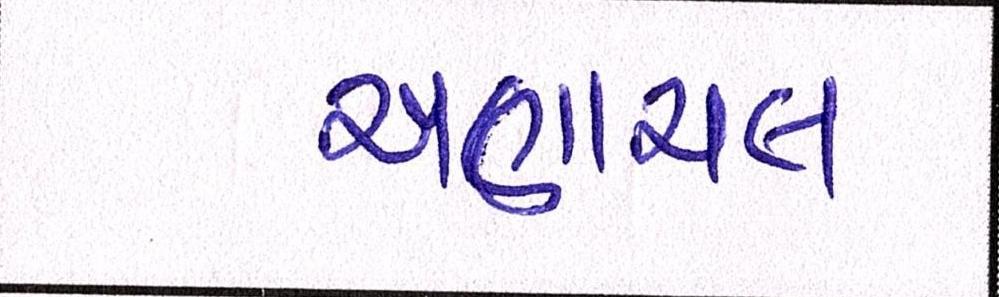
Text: અણાચલ